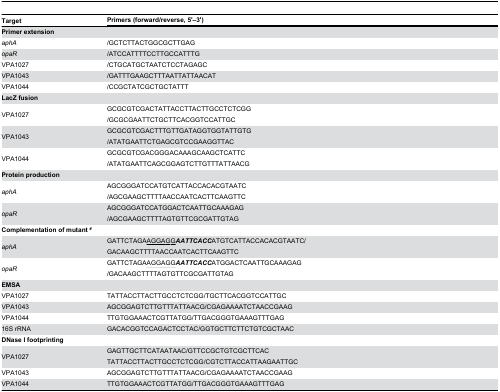
<table><thead><tr><td><b>Target</b></td><td colspan="3"><b>Primers (forward/reverse, 5&#x27;–3&#x27;)</b></td></tr></thead><tbody><tr><td colspan="4"><b>Primer extension</b></td></tr><tr><td><i>aphA</i></td><td colspan="3">/GCTCTTACTGGCGCTTGAG</td></tr><tr><td><i>opaR</i></td><td colspan="3">/ATCCATTTTCCTTGCCATTTG</td></tr><tr><td>VPA1027</td><td colspan="3">/CTGCATGCTAATCTCCTAGAGC</td></tr><tr><td>VPA1043</td><td colspan="3">/GATTTGAAGCTTTAATTATTAACAT</td></tr><tr><td>VPA1044</td><td colspan="3">/CCGCTATCGCTGCTATTT</td></tr><tr><td colspan="4"><b>LacZ fusion</b></td></tr><tr><td>VPA1027</td><td colspan="3">GCGCGTCGACTATTACCTTACTTGCCTCTCGG/GCGCGAATTCTGCTTCACGGTCCATTGC</td></tr><tr><td>VPA1043</td><td colspan="3">GCGCGTCGACTTTGTTGATAGGTGGTATTGTG/ATATGAATTCTGAGCGTCCGAAGGTTAC</td></tr><tr><td>VPA1044</td><td colspan="3">GCGCGTCGACGGGACAAAGCAAGCTCATTC/ATATGAATTCAGCGGAGTCTTGTTTATTAACG</td></tr><tr><td colspan="3"><b>Protein production</b></td></tr><tr><td><i>aphA</i></td><td colspan="3">AGCGGGATCCATGTCATTACCACACGTAATC/AGCGAAGCTTTTAACCAATCACTTCAAGTTC</td></tr><tr><td><i>opaR</i></td><td colspan="3">AGCGGGATCCATGGACTCAATTGCAAAGAG/AGCGAAGCTTTTAGTGTTCGCGATTGTAG</td></tr><tr><td colspan="3"><b>Complementation of mutant <sup>#</sup></b></td></tr><tr><td><i>aphA</i></td><td colspan="3">GATTCTAGA<underline>A</underline><underline>G</underline><underline>G</underline><underline>A</underline><underline>G</underline><underline>G</underline><i><b>AATTCACC</b></i>ATGTCATTACCACACGTAATC/GACAAGCTTTTAACCAATCACTTCAAGTTC</td></tr><tr><td><i>opaR</i></td><td colspan="3">GATTCTAGA<underline>A</underline><underline>G</underline><underline>G</underline><underline>A</underline><underline>G</underline><underline>G</underline><i><b>AATTCACC</b></i>ATGGACTCAATTGCAAAGAG/GACAAGCTTTTAGTGTTCGCGATTGTAG</td></tr><tr><td colspan="3"><b>EMSA</b></td></tr><tr><td>VPA1027</td><td colspan="3">TATTACCTTACTTGCCTCTCGG/TGCTTCACGGTCCATTGC</td></tr><tr><td>VPA1043</td><td colspan="3">AGCGGAGTCTTGTTTATTAACG/CGAGAAAATCTAACCGAAG</td></tr><tr><td>VPA1044</td><td colspan="3">TTGTGGAAACTCGTTATGG/TTGACGGGTGAAAGTTTGAG</td></tr><tr><td>16S rRNA</td><td colspan="3">GACACGGTCCAGACTCCTAC/GGTGCTTCTTCTGTCGCTAAC</td></tr><tr><td colspan="3"><b>DNase I footprinting</b></td></tr><tr><td>VPA1027</td><td colspan="3">GAGTTGCTTCATAATAAC/GTTCCGCTGTCGCTTCACTATTACCTTACTTGCCTCTCGG/CGTCTTACCATTAAGAATTGC</td></tr><tr><td>VPA1043</td><td colspan="3">AGCGGAGTCTTGTTTATTAACG/CGAGAAAATCTAACCGAAG</td></tr><tr><td>VPA1044</td><td colspan="3">TTGTGGAAACTCGTTATGG/TTGACGGGTGAAAGTTTGAG</td></tr></tbody></table>